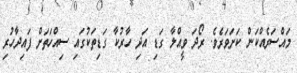
މައްސަރެއްކަން ކަށަވަރެވެ. ރޯދަ ވީއްލާ ގަޑި އަދި ހާރުކާ ގަޑިތަކުގައި ސިއްހަތަށް ފައިދާހުރި